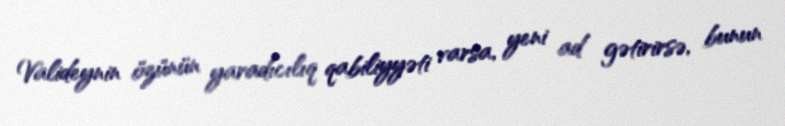
Valideynin özünün yaradıcılıq qabiliyyəti varsa, yeni ad gətirirsə, bunun